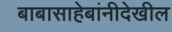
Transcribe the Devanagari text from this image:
बाबासाहेबांनीदेखील